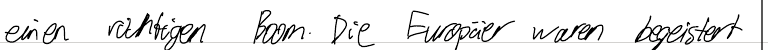
einen richtigen Boom. Die Europäer waren begeistert